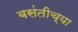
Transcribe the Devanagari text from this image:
बसंतीच्या